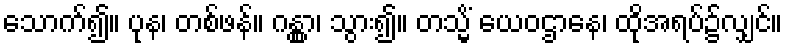
သောက်၍။ ပုန၊ တစ်ဖန်။ ဂန္တွာ၊ သွား၍။ တသ္မိံ ယေဝဌာနေ၊ ထိုအရပ်၌လျှင်။